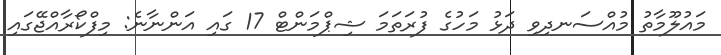
މައުލޫމާތު މުއްސަނދިވި ދަޅު މަހުގެ ފުރަތަމަ ޝިޕްމަންޓް 17 ގައި އަންނާނެ: މިފްކޯރާއްޖޭގައި